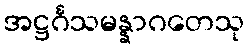
အဋ္ဌင်္ဂသမန္နာဂတေသု